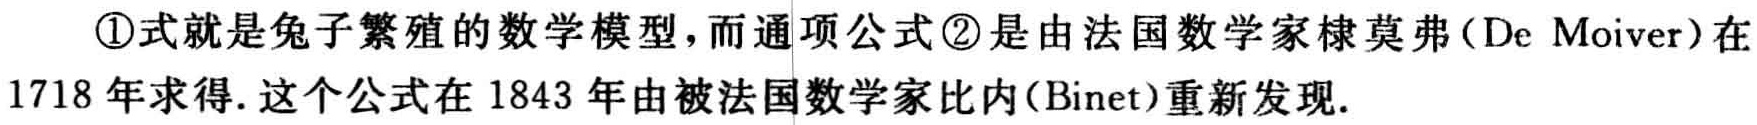
\textcircled{1}式就是兔子繁殖的数学模型，而通项公式\textcircled{2}是由法国数学家棣莫弗（De Moiver）在1718年求得. 这个公式在1843年由被法国数学家比内（Binet）重新发现.